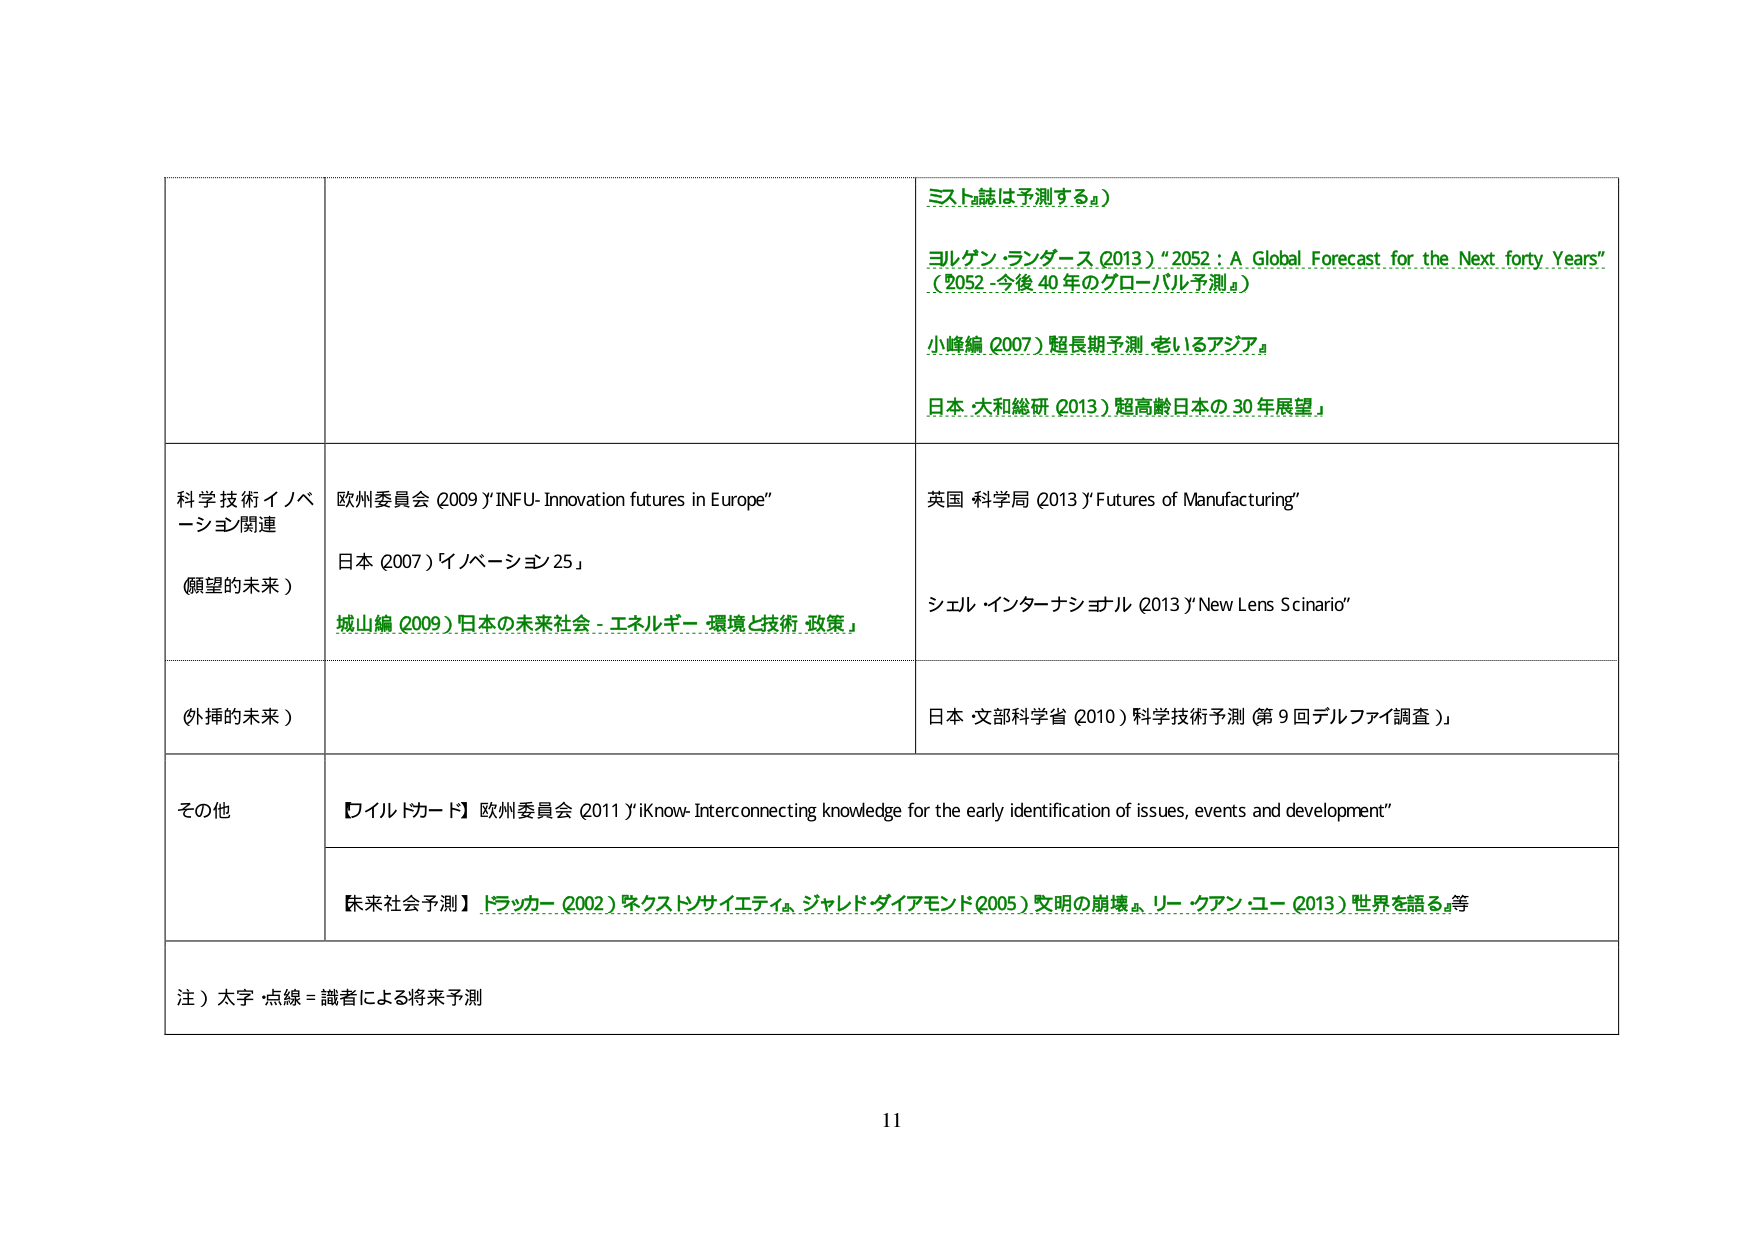
ミスト誌は予測する』）

ヨルゲン・ランダース（2013）“2052：A Global Forecast for the Next forty Years”
（2052 今後 40 年のグローバル予測』）

小峰編（2007）『超長期予測 老いるアジア』

日本 大和総研（2013）『超高齢日本の 30 年展望』

科学技術イノベーション関連
（願望的未来）

欧州委員会（2009）『INFU- Innovation futures in Europe』

日本（2007）『イノベーション 25』

城山編（2009）『日本の未来社会 - エネルギー・環境と技術・政策』

英国 科学局（2013）『Futures of Manufacturing』

シェル・インターナショナル（2013）『New Lens Scinario』

（外挿的未来）

日本 文部科学省（2010）『科学技術予測（第 9 回デルファイ調査）』

その他

【ワイルドカード】欧州委員会（2011）『iKnow- Interconnecting knowledge for the early identification of issues, events and development』

【未来社会予測】ドラッカー（2002）『ポスト・サイエティ』、ジャレド・ダイアモンド（2005）『文明の崩壊』、リー・クアン・ユー（2013）『世界を語る』等

注）太字・点線 = 識者による将来予測

11